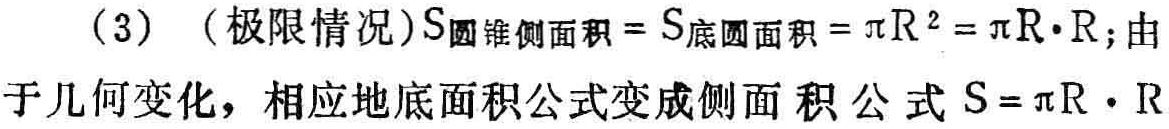
（3）（极限情况）\(S_{圆锥侧面积}=S_{底圆面积}=\pi R^{2}=\pi R\cdot R\)；由于几何变化，相应地底面积公式变成侧面积公式\(S = \pi R\cdot R\)